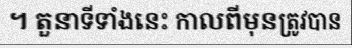
។ តួនាទីទាំងនេះ កាលពីមុនត្រូវបាន